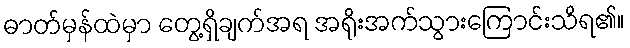
ဓာတ်မှန်ထဲမှာ တွေ့ရှိချက်အရ အရိုးအက်သွားကြောင်းသိရ၏။